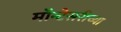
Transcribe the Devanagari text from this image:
मॉन्टेसरीच्या